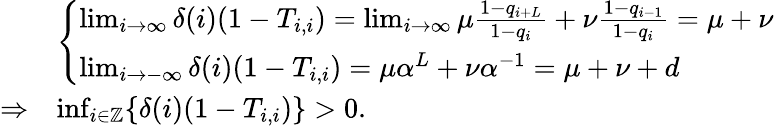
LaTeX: \begin{array}{rl}&{\left\{ \begin{array}{ll}{\operatorname*{lim}_{i\to\infty}\delta(i)(1-T_{i,i})=\operatorname*{lim}_{i\to\infty}\mu\frac{1-q_{i+L}}{1-q_{i}}+\nu\frac{1-q_{i-1}}{1-q_{i}}=\mu+\nu}\\ {\operatorname*{lim}_{i\to-\infty}\delta(i)(1-T_{i,i})=\mu\alpha^{L}+\nu\alpha^{-1}=\mu+\nu+d}\end{array}\right.}\\ {\Rightarrow}&{\operatorname*{inf}_{i\in\mathbb{Z}}\{ \delta(i)(1-T_{i,i})\} >0.}\end{array}